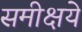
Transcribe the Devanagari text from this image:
समीक्षये